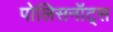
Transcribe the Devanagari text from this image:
पोलिसनॉट्स